Vaccination in Bombay 1863-1868 - 1863-1868
Year: 1863
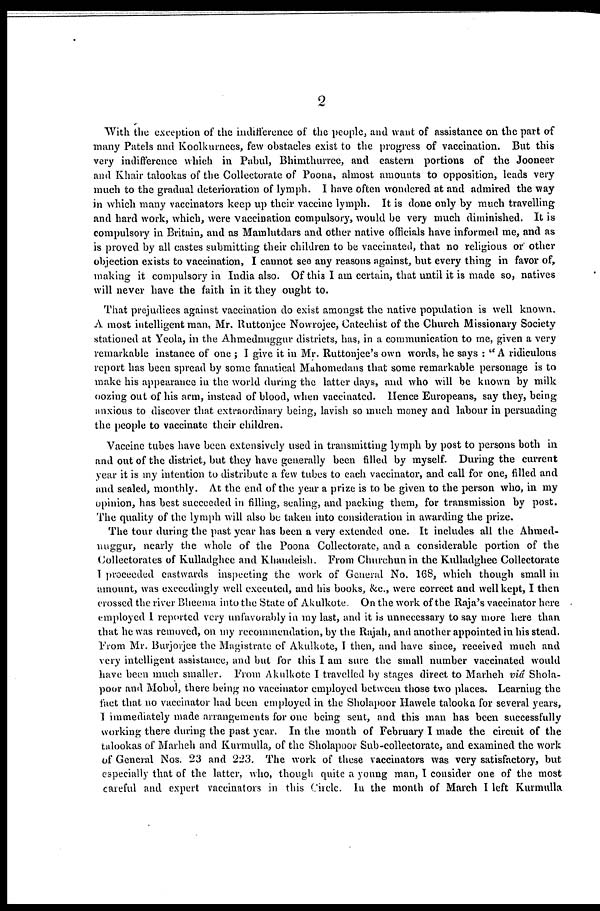
2
With the exception of the indifference of the people, and want of assistance on the part of
many Patels and Koolkurnees, few obstacles exist to the progress of vaccination. But this
very indifference which in Pabul, Bhimthurree, and eastern portions of the Jooneer
and Khair talookas of the Collectorate of Poona, almost amounts to opposition, leads very
much to the gradual deterioration of lymph. I have often wondered at and admired the way
in which many vaccinators keep up their vaccine lymph. It is done only by much travelling
and hard work, which, were vaccination compulsory, would be very much diminished. It is
compulsory in Britain, and as Mamlutdars and other native officials have informed me, and as
is proved by all castes submitting their children to be vaccinated, that no religious or other
objection exists to vaccination, I cannot see any reasons against, but every thing in favor of,
making it compulsory in India also. Of this I am certain, that until it is made so, natives
will never have the faith in it they ought to.
That prejudices against vaccination do exist amongst the native population is well known.
A most intelligent man, Mr. Ruttonjee Nowrojee, Catechist of the Church Missionary Society
stationed at Yeola, in the Ahmednuggur districts, has, in a communication to me, given a very
remarkable instance of one ; I give it in Mr. Ruttonjee's own words, he says : "A ridiculous
report has been spread by some fanatical Mahomedans that some remarkable personage is to
make his appearance in the world during the latter days, and who will be known by milk
oozing out of his arm, instead of blood, when vaccinated, Hence Europeans, say they, being
anxious to discover that extraordinary being, lavish so much money and labour in persuading
the people to vaccinate their children.
Vaccine tubes have been extensively used in transmitting lymph by post to persons both in
and out of the district, but they have generally been filled by myself. During the current
year it is my intention to distribute a few tubes to each vaccinator, and call for one, filled and
and sealed, monthly. At the end of the year a prize is to be given to the person who, in my
opinion, has best succeeded in filling, sealing, and packing them, for transmission by post.
The quality of the lymph will also be taken into consideration in awarding the prize.
The tour during the past year has been a very extended one. It includes all the Ahmed-
nuggur, nearly the whole of the Poona Collectorate, and a considerable portion of the
Collectorates of Kulladghee and Khandeish. From Churchun in the Kulladghee Collectorate
I proceeded castwards inspecting the work of General No. 168, which though small in
amount, was exceedingly well executed, and his books, &c., were correct and well kept, I then
crossed the river Bheema into the State of Akulkote. On the work of the Raja's vaccinator here
employed I reported very unfavorably in my last, and it is unnecessary to say more here than
that he was removed, on my recommendation, by the Rajah, and another appointed in his stead.
From Mr. Burjorjee the Magistrate of Akulkote, I then, and have since, received much and
very intelligent assistance, and but for this I am sure the small number vaccinated would
have been much smaller. From Akulkote I travelled by stages direct to Marheh viâ Shola-
poor and Mohol, there being no vaccinator employed between those two places. Learning the
fact that no vaccinator had been employed in the Sholapoor Hawele talooka for several years,
I immediately made arrangements for one being sent, and this man has been successfully
working there during the past year. In the month of February I made the circuit of the
talookas of Marheh and Kurmulla, of the Sholapoor Sub-collectorate, and examined the work
of General Nos. 23 and 223. The work of these vaccinators was very satisfactory, but
especially that of the latter, who, though quite a young man, I consider one of the most
careful and expert vaccinators in this Circle. In the month of March I left Kurmulla